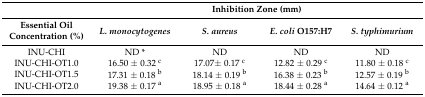
<table><thead><tr><td></td><td colspan="4"><b>Inhibition Zone (mm)</b></td></tr><tr><td><b>Essential Oil Concentration (%)</b></td><td><b><i>L. monocytogenes</i></b></td><td><b><i>S. aureus</i></b></td><td><b><i>E. coli</i> O157:H7</b></td><td><b><i>S. typhimurium</i></b></td></tr></thead><tbody><tr><td>INU-CHI</td><td>ND *</td><td>ND</td><td>ND</td><td>ND</td></tr><tr><td>INU-CHI-OT1.0</td><td>16.50 ± 0.32 <sup>c</sup></td><td>17.07± 0.17 <sup>c</sup></td><td>12.82 ± 0.29 <sup>c</sup></td><td>11.80 ± 0.18 <sup>c</sup></td></tr><tr><td>INU-CHI-OT1.5</td><td>17.31 ± 0.18 <sup>b</sup></td><td>18.14 ± 0.19 <sup>b</sup></td><td>16.38 ± 0.23 <sup>b</sup></td><td>12.57 ± 0.19 <sup>b</sup></td></tr><tr><td>INU-CHI-OT2.0</td><td>19.38 ± 0.17 <sup>a</sup></td><td>18.95 ± 0.18 <sup>a</sup></td><td>18.44 ± 0.28 <sup>a</sup></td><td>14.64 ± 0.12 <sup>a</sup></td></tr></tbody></table>